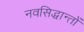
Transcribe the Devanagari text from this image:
नवसिद्धान्तों